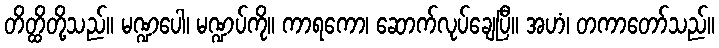
တိတ္ထိတို့သည်။ မဏ္ဍပေါ၊ မဏ္ဍပ်ကို။ ကာရကော၊ ဆောက်လုပ်ချေပြီ။ အဟံ၊ တကာတော်သည်။